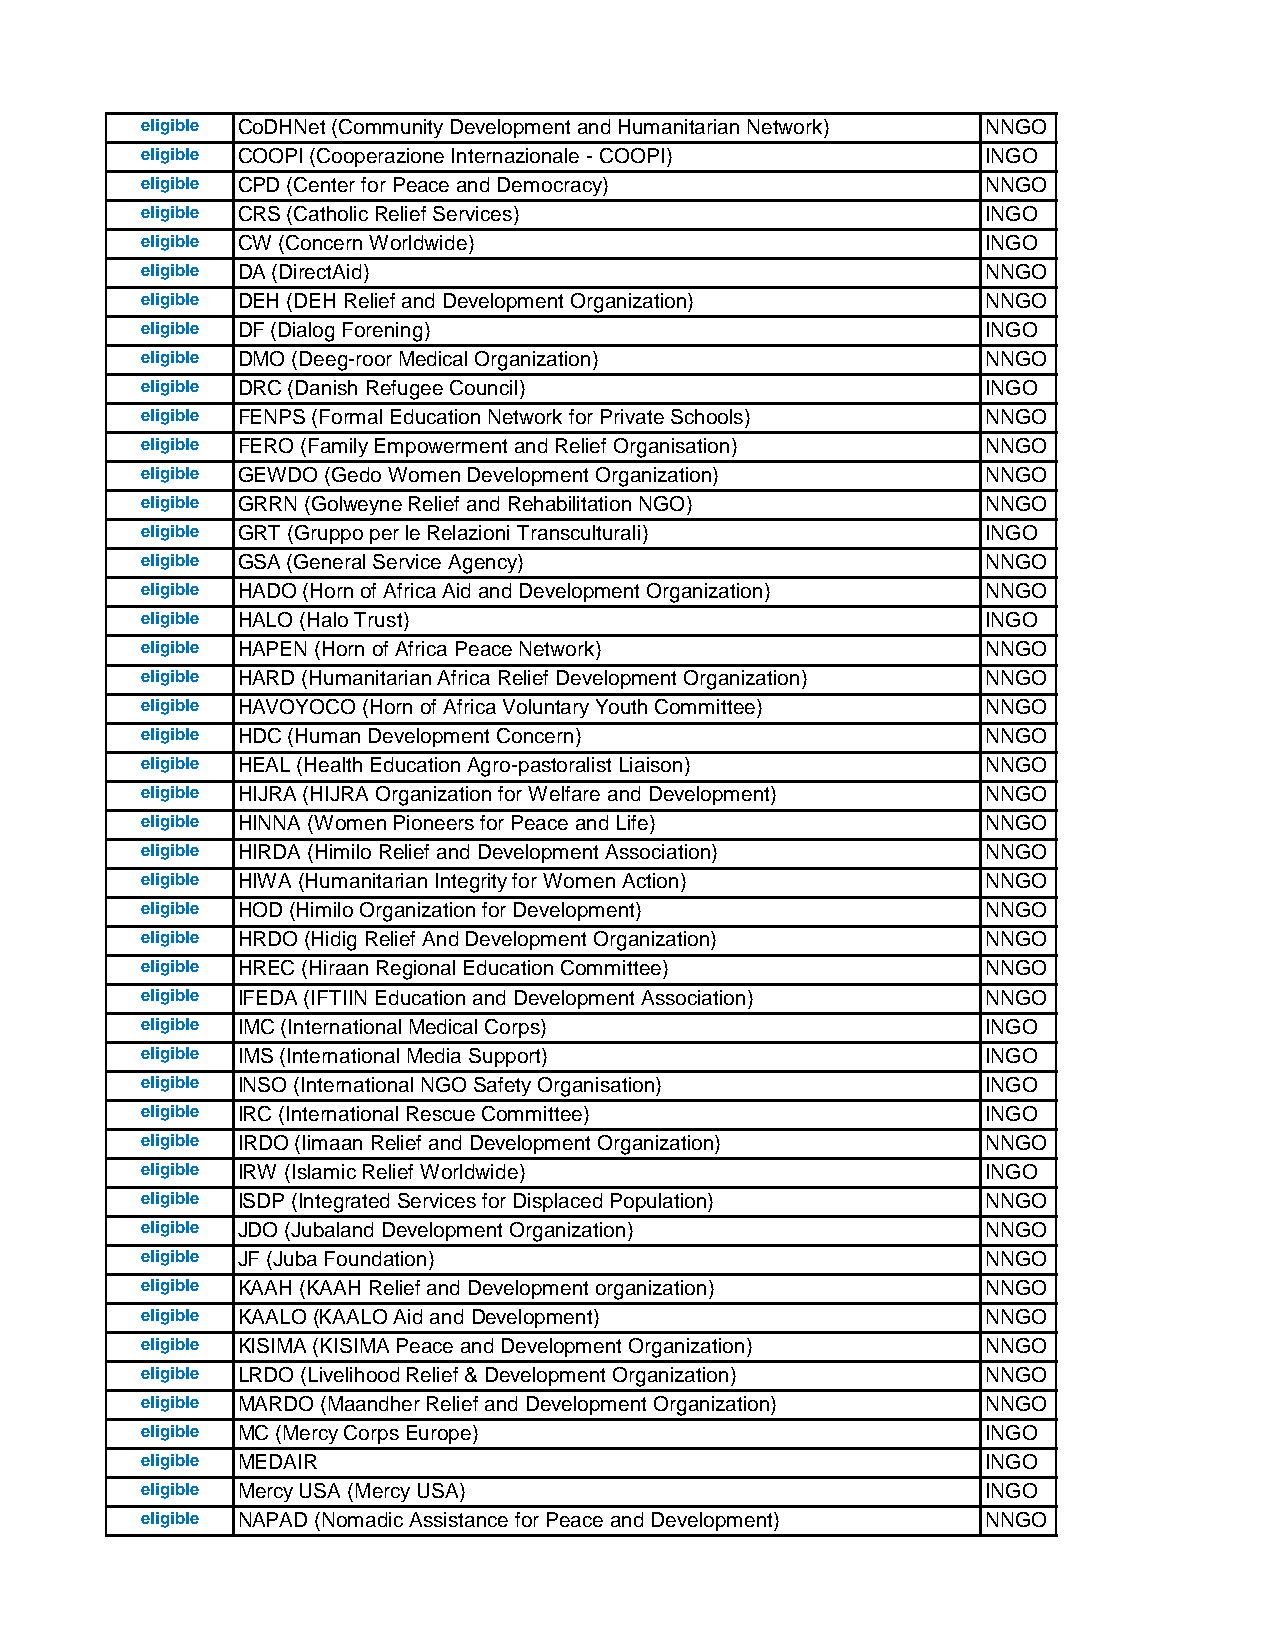
eligible CoDHNet (Community Development and Humanitarian Network) NNGO
 eligible COOPI (Cooperazione Internazionale - COOPI)    INGO
 eligible CPD (Center for Peace and Democracy)           NNGO
 eligible CRS (Catholic Relief Services)                 INGO
 eligible CW (Concern Worldwide)                         INGO
 eligible DA (DirectAid)                                 NNGO
 eligible DEH (DEH Relief and Development Organization)  NNGO
 eligible DF (Dialog Forening)                           INGO
 eligible DMO (Deeg-roor Medical Organization)           NNGO
 eligible DRC (Danish Refugee Council)                   INGO
 eligible FENPS (Formal Education Network for Private Schools) NNGO
 eligible FERO (Family Empowerment and Relief Organisation) NNGO
 eligible GEWDO (Gedo Women Development Organization)    NNGO
 eligible GRRN (Golweyne Relief and Rehabilitation NGO)  NNGO
 eligible GRT (Gruppo per le Relazioni Transculturali)   INGO
 eligible GSA (General Service Agency)                   NNGO
 eligible HADO (Horn of Africa Aid and Development Organization) NNGO
 eligible HALO (Halo Trust)                              INGO
 eligible HAPEN (Horn of Africa Peace Network)           NNGO
 eligible HARD (Humanitarian Africa Relief Development Organization) NNGO
 eligible HAVOYOCO (Horn of Africa Voluntary Youth Committee) NNGO
 eligible HDC (Human Development Concern)                NNGO
 eligible HEAL (Health Education Agro-pastoralist Liaison) NNGO
 eligible HIJRA (HIJRA Organization for Welfare and Development) NNGO
 eligible HINNA (Women Pioneers for Peace and Life)      NNGO
 eligible HIRDA (Himilo Relief and Development Association) NNGO
 eligible HIWA (Humanitarian Integrity for Women Action) NNGO
 eligible HOD (Himilo Organization for Development)      NNGO
 eligible HRDO (Hidig Relief And Development Organization) NNGO
 eligible HREC (Hiraan Regional Education Committee)     NNGO
 eligible IFEDA (IFTIIN Education and Development Association) NNGO
 eligible IMC (International Medical Corps)              INGO
 eligible IMS (International Media Support)              INGO
 eligible INSO (International NGO Safety Organisation)   INGO
 eligible IRC (International Rescue Committee)           INGO
 eligible IRDO (Iimaan Relief and Development Organization) NNGO
 eligible IRW (Islamic Relief Worldwide)                 INGO
 eligible ISDP (Integrated Services for Displaced Population) NNGO
 eligible JDO (Jubaland Development Organization)        NNGO
 eligible JF (Juba Foundation)                           NNGO
 eligible KAAH (KAAH Relief and Development organization) NNGO
 eligible KAALO (KAALO Aid and Development)              NNGO
 eligible KISIMA (KISIMA Peace and Development Organization) NNGO
 eligible LRDO (Livelihood Relief & Development Organization) NNGO
 eligible MARDO (Maandher Relief and Development Organization) NNGO
 eligible MC (Mercy Corps Europe)                        INGO
 eligible MEDAIR                                         INGO
 eligible Mercy USA (Mercy USA)                          INGO
 eligible NAPAD (Nomadic Assistance for Peace and Development) NNGO